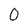
Character: 0